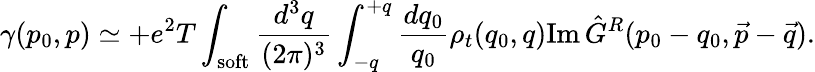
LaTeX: \gamma(p_{0},p)\simeq+e^{2}T\int_{\mathrm{soft}}{\frac{d^{3}q}{(2\pi)^{3}}}\int_{-q}^{+q}{\frac{dq_{0}}{q_{0}}}\rho_{t}(q_{0},q)\mathrm{Im}\, \hat{G}^{R}(p_{0}-q_{0},\vec{p}-\vec{q}).